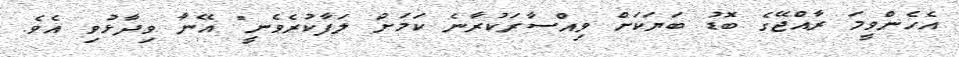
އެހެންވީމަ ރާއްޖޭގެ ބޮޑު ބަޔަކަށް ވިއްސާރަކުރާނެ ކަމަށް ލަފާކުރެވެނީ" އޭނާ ވިދާޅުވި އެވެ.